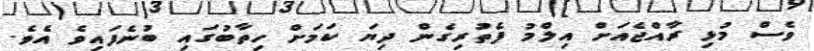
ވެސް މުޅި ރާއްޖެއަށް އިލްމު ފެތުރިގެން ދިޔަ ކަމަށް ހިތާބުގައި ބުނެފައިވެ އެވެ.